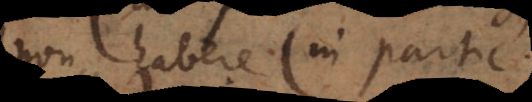
non habere (in particulari